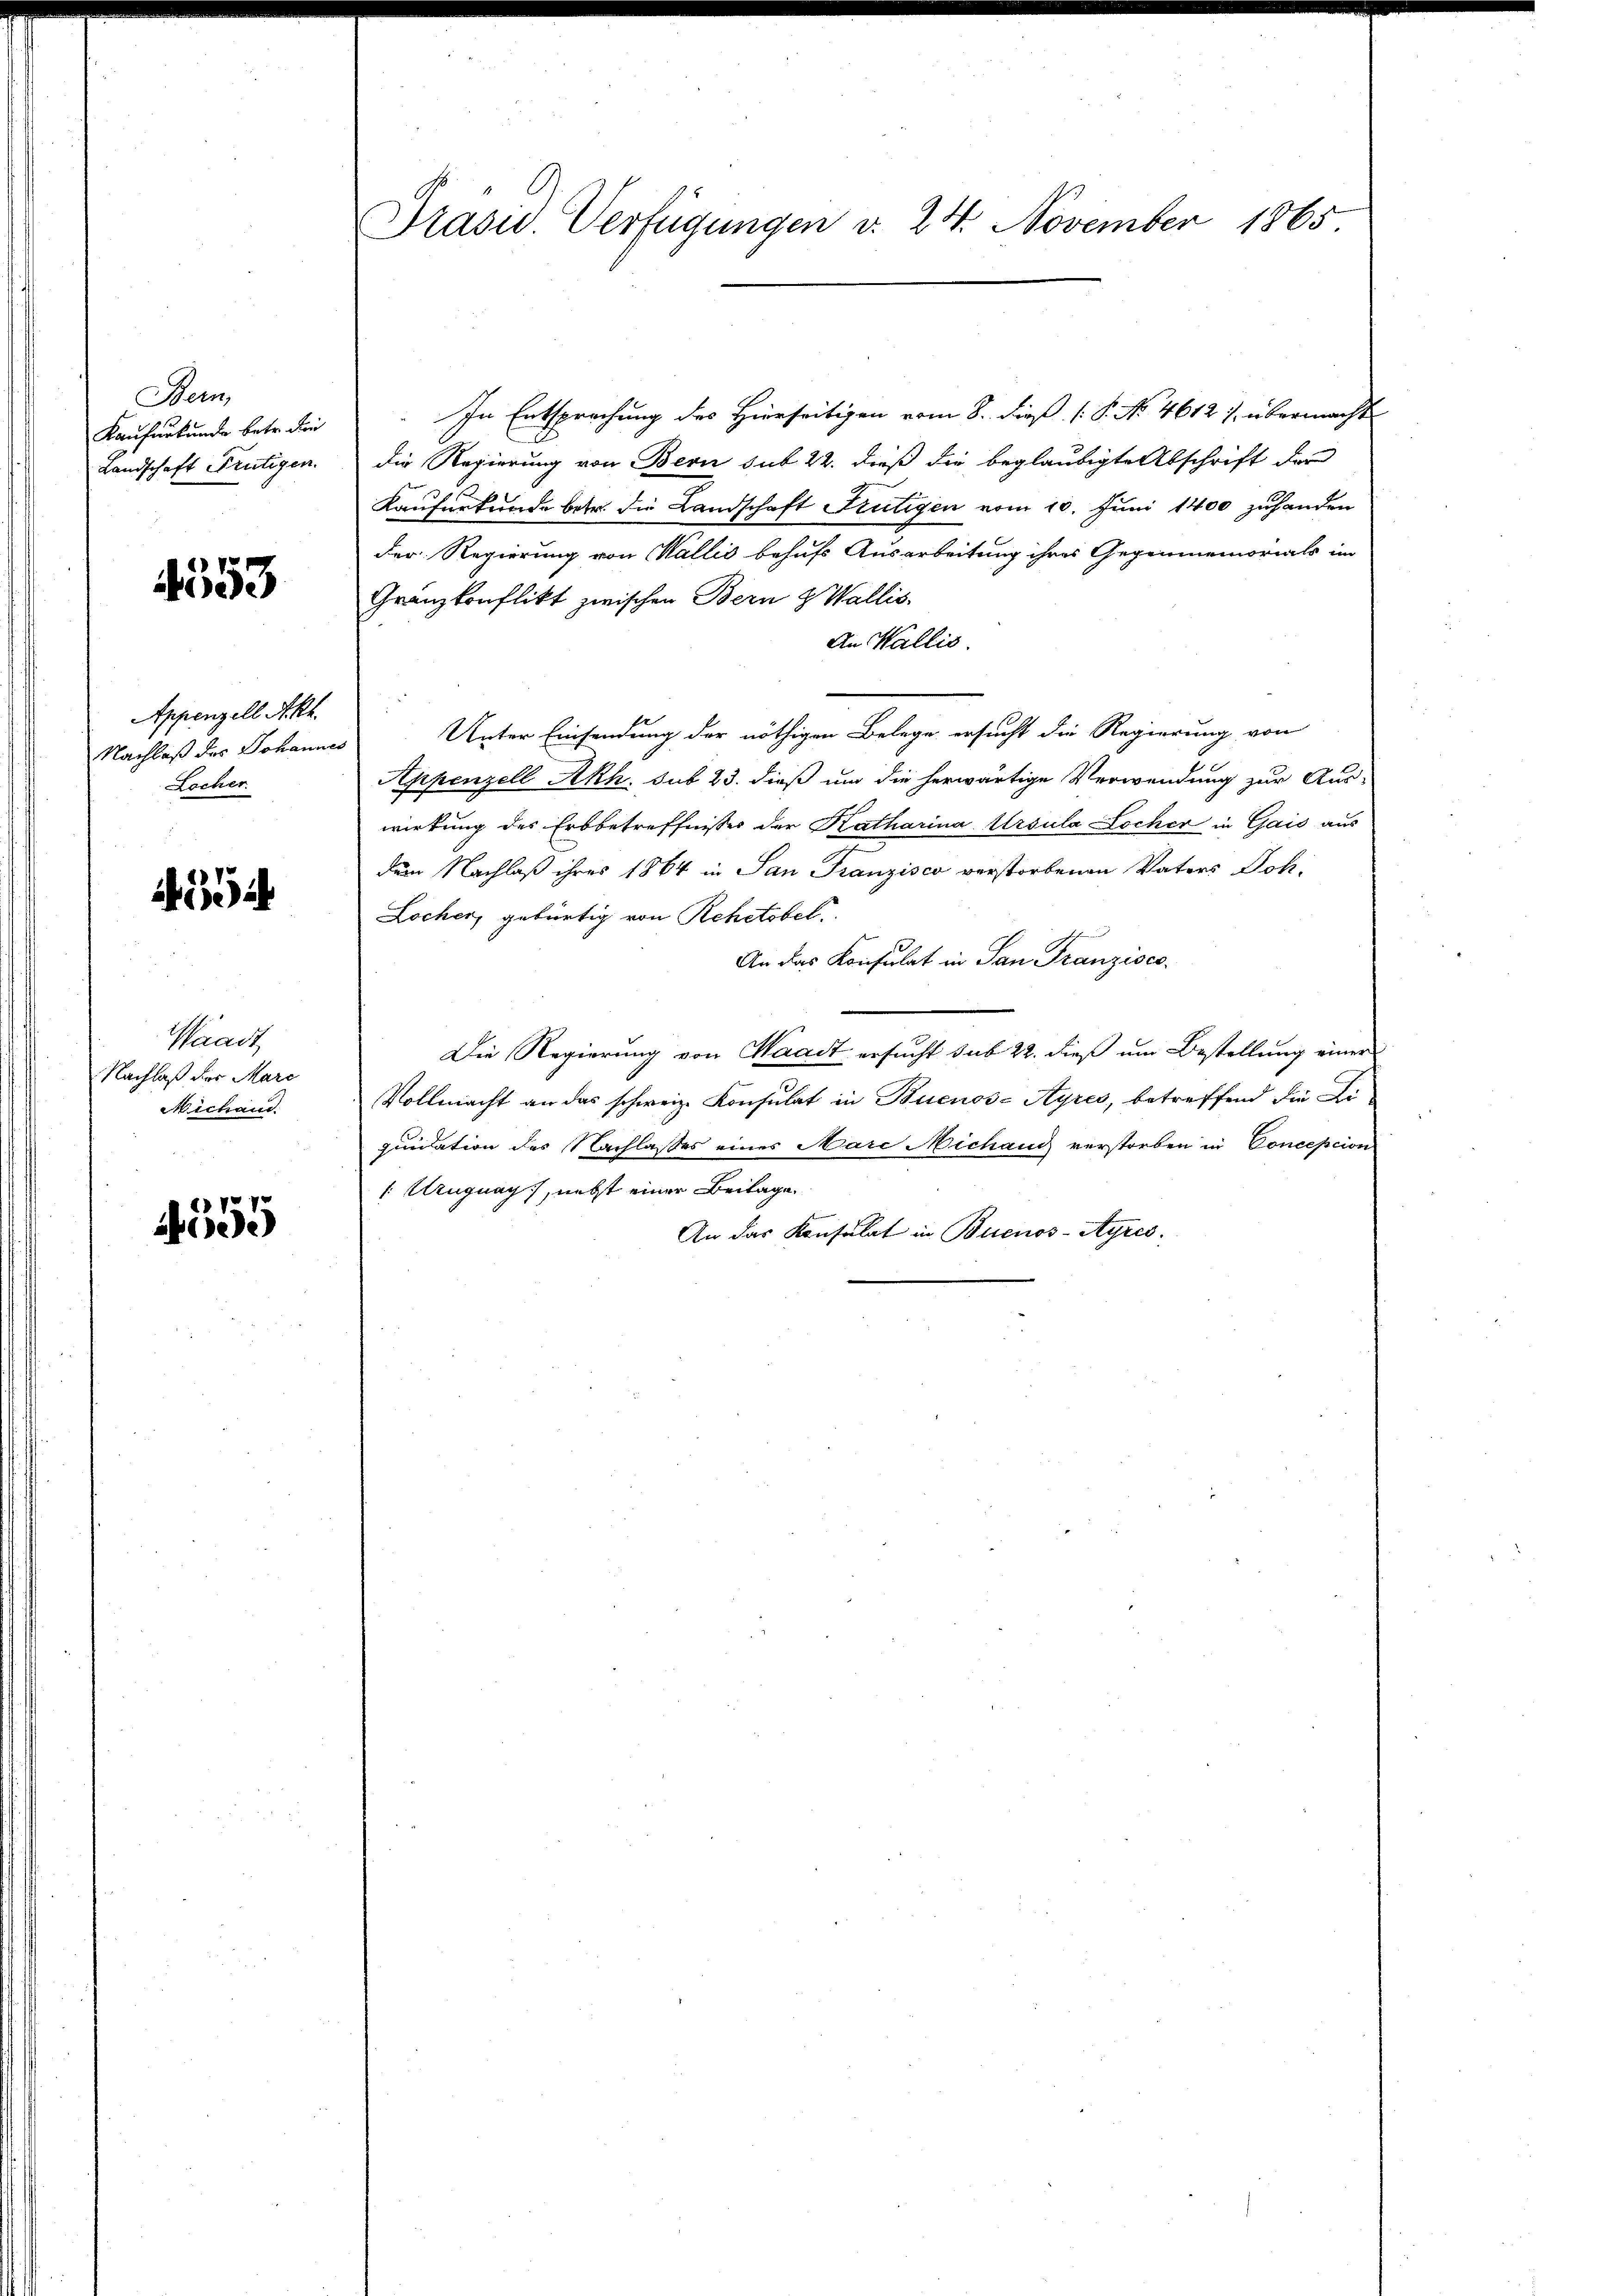
Bern,
Kaufurkunde betr. den
Landschaft Frutigen.

4553

Appenzell Akt.
Nachlaß des Johannes
Locher

554

Waadt
Nachlaß der Marc
Michand.

4555

Präsid.. Verfügungen v. 24. November 1865

In Entsprechung des Hierseitigen vom 8. dieß (P. No. 4612), übermacht
die Regierung von Bern sub 22. dieß die beglaubigte Abschrift der
Kaufurkunde betr. die Landschaft Frutigen vom 10. Juni 1400 zuhanden
der Regierung von Wallis behufs Ausarbeitung ihres Gegenmemorials im
Granzkonflikt zwischen Bern & Wallis.
An Wallis.
Unter Einsendung der nöthigen Belege ersucht die Regierung von
Appenzell Akh. sub 23. dieß um die herwärtige Verwendung zur Aus-
wirkung des Erbbetreffnisses der Katharina Ursula Locher in Gais aus
dem Nachlaß ihres 1864 in San Franzisca verstorbenen Vaters Joh.
Locher, gebürtig von Rehetobel.
An das Konsulat in San Franzisco
Die Regierung von Waadt ersucht sub 22. dieß um Bestellung einer
Vollmacht an das schweiz. Konsulat in Buenos-Ayres, betreffend die Liquidation des Nachlasses eines Mare Michang verstorben in Conception
/ Ungnag), nebst einer Beilage
An das Konsulat in Buenos-Ayres.